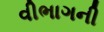
વીભાગની